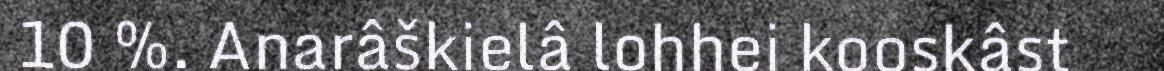
10 %. Anarâškielâ lohhei kooskâst